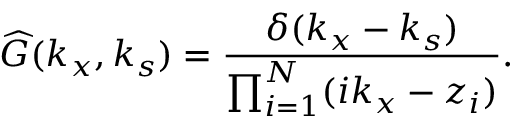
{ \widehat { G } } ( k _ { x } , k _ { s } ) = { \frac { \delta ( k _ { x } - k _ { s } ) } { \prod _ { i = 1 } ^ { N } ( i k _ { x } - z _ { i } ) } } .